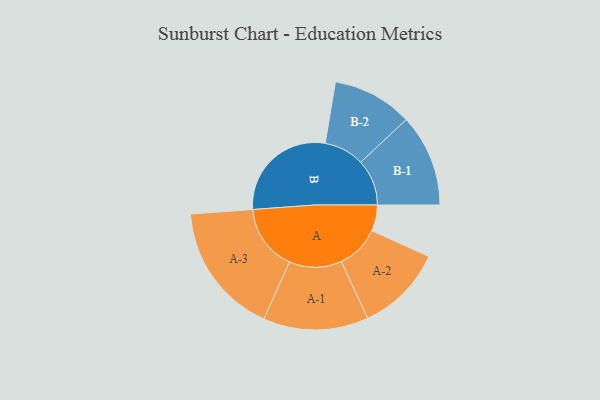
{"axis": {"x": "Segment", "y": "Value"}, "legend": ["", "A", "B"], "data": [{"x": "A", "y": 111, "type": ""}, {"x": "B", "y": 473, "type": ""}, {"x": "A-1", "y": 224, "type": "A"}, {"x": "A-2", "y": 186, "type": "A"}, {"x": "A-3", "y": 282, "type": "A"}, {"x": "B-1", "y": 197, "type": "B"}, {"x": "B-2", "y": 171, "type": "B"}]}